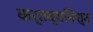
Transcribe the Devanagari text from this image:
कर्तव्यनिश्त